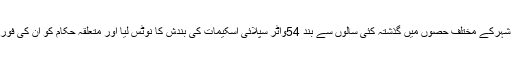
وزیراعلیٰ نے موسیٰ کالونی سمیت شہرکے مختلف حصوں میں گذشتہ کئی سالوں سے بند 54واٹر سپلائی اسکیمات کی بندش کا نوٹس لیا اور متعلقہ حکام کو ان کی فوری فعالی کے احکامات جاری کئے۔